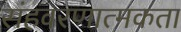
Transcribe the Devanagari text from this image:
संहवरणात्मकता